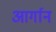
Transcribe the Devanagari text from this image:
आर्गान